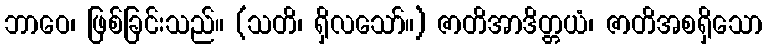
ဘာဝေ၊ ဖြစ်ခြင်းသည်။ (သတိ၊ ရှိလသော်။) ဇာတိအာဒိတ္တယံ၊ ဇာတိအစရှိသော